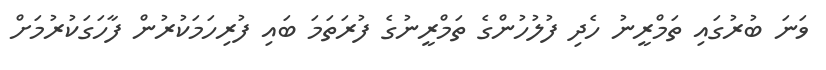
ވަނަ ބުރުގައި ތަމްރީނު ހެދި ފުލުހުންގެ ތަމްރީނުގެ ފުރަތަމަ ބައި ފުރިހަމަކުރުން ފާހަގަކުރުމަށް